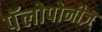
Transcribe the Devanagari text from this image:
पॅलोपोनीज़